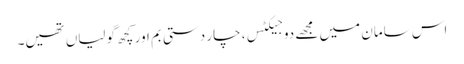
اس سامان میں مجھے دو جیکٹس، چار دستی بم اور کچھ گولیاں تھیں۔